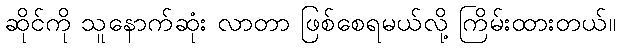
ဆိုင်ကို သူနောက်ဆုံး လာတာ ဖြစ်စေရမယ်လို့ ကြိမ်းထားတယ်။